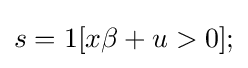
s=1[x\beta +u>0];